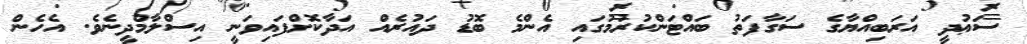
ސަޢުދީ އަރަބިއްޔާގެ ސަގާފަތު ބައްޓަންކުރުމުގައި އެންމެ ބޮޑު ދައުރެއް އަދާކޮށްފައިވަނީ އިސްލާމްދީނެވެ. އެހެން